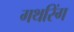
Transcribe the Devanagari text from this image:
गथरिंग